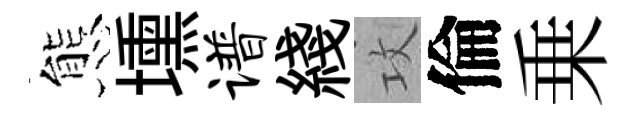
態壎谱綫攻倫乗